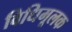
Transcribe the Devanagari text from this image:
विधिमूलक